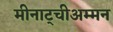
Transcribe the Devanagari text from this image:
मीनाट्चीअम्मन